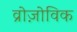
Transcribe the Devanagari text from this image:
व्रोज़ोविक